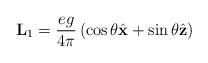
LaTeX: \begin{align*}{\bf L} _1 = {e g \over 4 \pi} \left( \cos \theta {\hat {\bf x}}+ \sin \theta {\hat {\bf z}} \right)\end{align*}